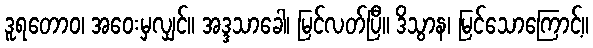
ဒူရတောဝ၊ အဝေးမှလျှင်။ အဒ္ဒသာခေါ၊ မြင်လတ်ပြီ။ ဒိသွာန၊ မြင်သောကြောင့်။